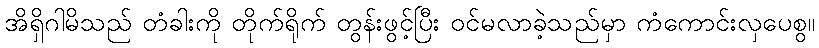
အိရှိဂါမိသည် တံခါးကို တိုက်ရိုက် တွန်းဖွင့်ပြီး ဝင်မလာခဲ့သည်မှာ ကံကောင်းလှပေစွ။